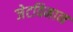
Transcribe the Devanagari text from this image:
जेटविमान